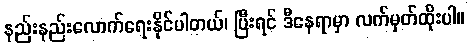
နည်းနည်းလောက်ရေးနိုင်ပါတယ်၊ ပြီးရင် ဒီနေရာမှာ လက်မှတ်ထိုးပါ။